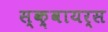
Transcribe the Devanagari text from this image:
स्क़्वायर्स